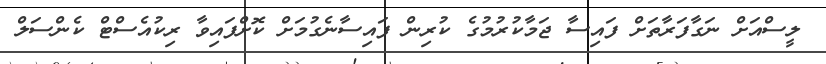
ލީސްއަށް ނަގާފަރާތަށް ފައިސާ ޖަމާކުރުމުގެ ކުރިން ފައިސާނެގުމަށް ކޮށްފައިވާ ރިކުއެސްޓް ކެންސަލް